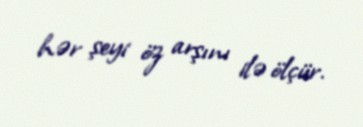
hər şeyi öz arşını ilə ölçür.